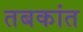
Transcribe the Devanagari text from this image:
तबकांत